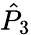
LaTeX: \hat{P}_{3}